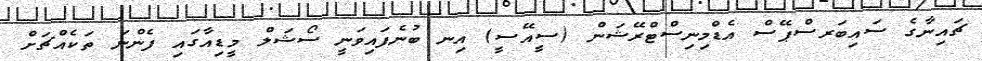
ޗައިނާގެ ސައިބަރސްޕޭސް އެޑްމިނިސްޓްރޭޝަން (ސީއޭސީ) އިނ ބުނެފައިވަނީ ސޯޝަލް މީޑިއާގައި ފެންނަ ތަކެއްޗަށް